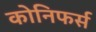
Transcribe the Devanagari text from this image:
कोनिफर्स